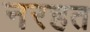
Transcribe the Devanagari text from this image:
नरहत